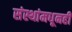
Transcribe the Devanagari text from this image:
संस्थांमधूनही